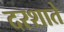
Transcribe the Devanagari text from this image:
दरशाते